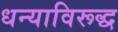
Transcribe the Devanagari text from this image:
धन्याविरूद्ध